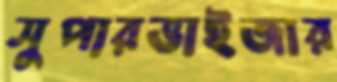
সুপারভাইজার